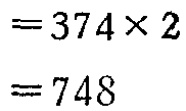
\[
\begin{align*}
&=374\times2\\
&=748
\end{align*}
\]